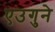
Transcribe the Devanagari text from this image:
एउगुने